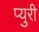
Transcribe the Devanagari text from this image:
प्युरी